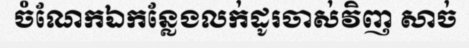
ចំណែកឯកន្លែងលក់ដូរចាស់វិញ សាច់